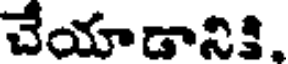
చేయాడానికి.